Veterinary [1916] -
Year: 1916
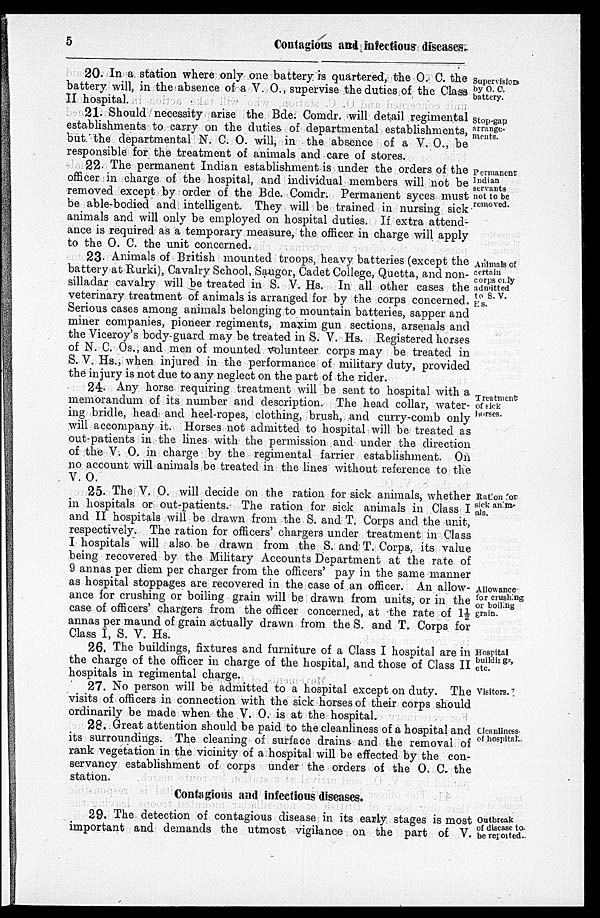
5
Contagious and infectious diseases.
Supervisier
by O. C.
battery.
20. In a station where only one battery is quartered, the O. C. the
battery will, in the absence of a V. O., supervise the duties of the Class
II hospital.
Stop-gap
arrange-
ments.
21. Should necessity arise the Bde. Comdr. will detail regimental
establishments to carry on the duties of departmental establishments,
but the departmental N. C. O. will, in the absence of a V. O., be
responsible for the treatment of animals and care of stores.
Permanent
Indian
servants
not to be
removed.
22. The permanent Indian establishment is under the orders of the
officer in charge of the hospital, and individual members will not be
removed except by order of the Bde. Comdr. Permanent syces must
be able-bodied and intelligent. They will be trained in nursing sick
animals and will only be employed on hospital duties. If extra attend-
ance is required as a temporary measure, the officer in charge will apply
to the O. C. the unit concerned.
Animals of
certain
corps only
admitted
to S. V.
Rs.
23. Animals of British mounted troops, heavy batteries (except the
battery at Rurki), Cavalry School, Saugor, Cadet College, Quetta, and non-
silladar cavalry will be treated in S. V. Hs. In all other cases the
veterinary treatment of animals is arranged for by the corps concerned.
Serious cases among animals belonging to mountain batteries, sapper and
miner companies, pioneer regiments, maxim gun sections, arsenals and
the Viceroy's body-guard may be treated in S. V. Hs. Registered horses
of N. C. Os., and men of mounted volunteer corps may be treated in
S. V. Hs., when injured in the performance of military duty, provided
the injury is not due to any neglect on the part of the rider.
Treatments
of sick
horses.
24. Any horse requiring treatment will be sent to hospital with a
memorandum of its number and description. The head collar, water-
ing bridle, head and heel-ropes, clothing, brush, and curry-comb only
will accompany it. Horses not admitted to hospital will be treated as
out-patients in the lines with the permission and under the direction
of the V. O. in charge by the regimental farrier establishment. On
no account will animals be treated in the lines without reference to the
V. O.
Ration for
sick anim-
als.
Allowance
for crushing
or boiling
grain.
25. The V. O. will decide on the ration for sick animals, whether
in hospitals or out-patients. The ration for sick animals in Class I
and II hospitals will be drawn from the S. and T. Corps and the unit,
respectively. The ration for officers' chargers under treatment in Class
I hospitals will also be drawn from the S. and T. Corps, its value
being recovered by the Military Accounts Department at the rate of
9 annas per diem per charger from the officers' pay in the same manner
as hospital stoppages are recovered in the case of an officer. An allow-
ance for crushing or boiling grain will be drawn from units, or in the
case of officers' chargers from the officer concerned, at the rate of 1½
annas per maund of grain actually drawn from the S. and T. Corps for
Class I, S. V. Hs.
Hospital
buildings,
etc.
26. The buildings, fixtures and furniture of a Class I hospital are in
the charge of the officer in charge of the hospital, and those of Class II
hospitals in regimental charge.
Visitors.
27. No person will be admitted to a hospital except on duty. The
visits of officers in connection with the sick horses of their corps should
ordinarily be made when the V. O. is at the hospital.
Cleanliness
of hospital.
28. Great attention should be paid to the cleanliness of a hospital and
its surroundings. The cleaning of surface drains and the removal of
rank vegetation in the vicinity of a hospital will be effected by the con-
servancy establishment of corps under the orders of the O. C. the
station.
Contagious and infectious diseases.
Outbreak
of disease to
be reported.
29. The detection of contagious disease in its early stages is most
important and demands the utmost vigilance on the part of V.